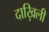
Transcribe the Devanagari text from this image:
दाख़िली